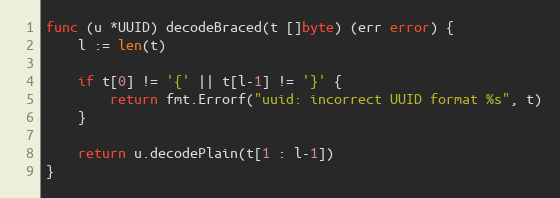
Language: Go
func (u *UUID) decodeBraced(t []byte) (err error) {
	l := len(t)

	if t[0] != '{' || t[l-1] != '}' {
		return fmt.Errorf("uuid: incorrect UUID format %s", t)
	}

	return u.decodePlain(t[1 : l-1])
}